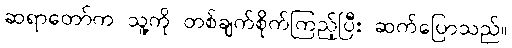
ဆရာတော်က သူ့ကို တစ်ချက်စိုက်ကြည့်ပြီး ဆက်ပြောသည်။